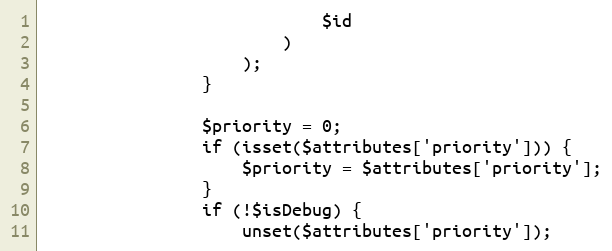
Language: PHP
                            $id
                        )
                    );
                }

                $priority = 0;
                if (isset($attributes['priority'])) {
                    $priority = $attributes['priority'];
                }
                if (!$isDebug) {
                    unset($attributes['priority']);